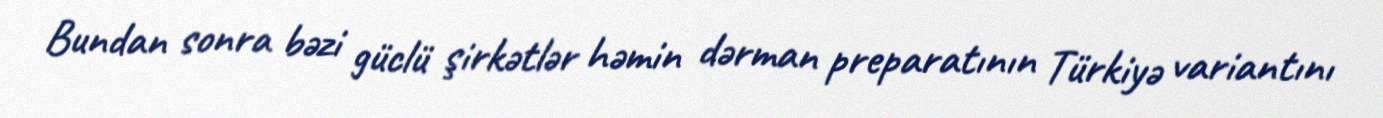
Bundan sonra bəzi güclü şirkətlər həmin dərman preparatının Türkiyə variantını